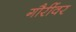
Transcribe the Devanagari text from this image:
गौरींवर